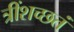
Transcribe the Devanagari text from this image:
त्रींशच्छतं